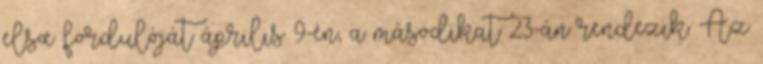
elsœ fordulóját április 9-én, a másodikat 23-án rendezik. Az